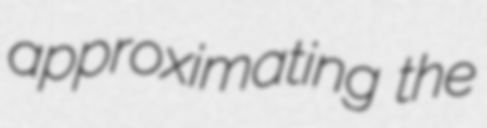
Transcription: approximating the